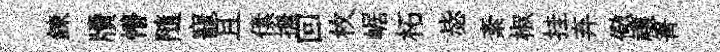
錬牘懵隨寵且傃撫回枚崌柘毖紊椒挂弃儆禳箐